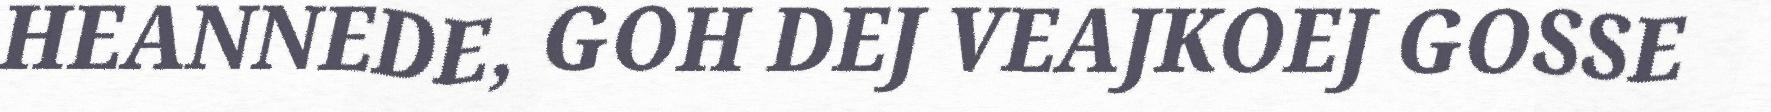
HEANNEDE, GOH DEJ VEAJKOEJ GOSSE